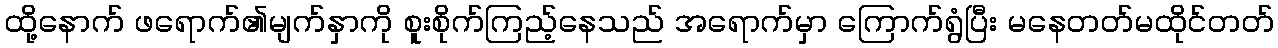
ထို့နောက် ဖရောက်၏မျက်နှာကို စူးစိုက်ကြည့်နေသည် အရောက်မှာ ကြောက်ရွံပြီး မနေတတ်မထိုင်တတ်